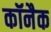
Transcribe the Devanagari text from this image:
कॉनैक